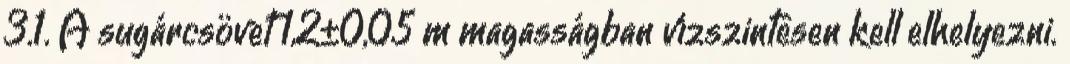
3.1. A sugárcsövet 1,2±0,05 m magasságban vízszintesen kell elhelyezni.